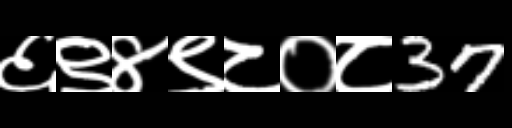
Text: ६९४९८०८37